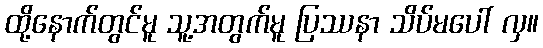
ထို့နောက်တွင်မူ သူ့အတွက်မူ ပြဿနာ သိပ်မပေါ် လှ။